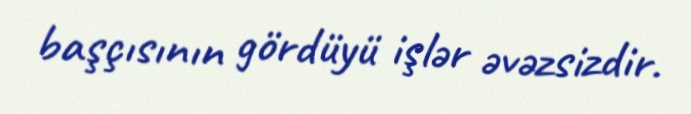
başçısının gördüyü işlər əvəzsizdir.